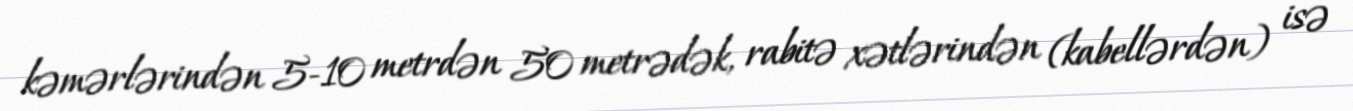
kəmərlərindən 5-10 metrdən 50 metrədək, rabitə xətlərindən (kabellərdən) isə